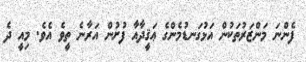
ފެންނަ މަންޒަރުތަކުން އަޅުގަނޑުމެންގެ ޢަޤީދާއާ ފުށުން އަރާނެ ތީވެ އެވެ. މިއީ ދެ